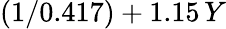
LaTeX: (1/0.417)+1.15\, Y